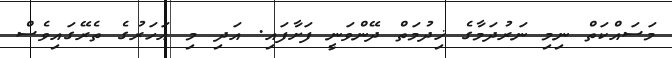
މަސައްކަތް ނިމި ނަރުދަމާގެ ޚިދުމަތް ދޭންވަނީ ފަށާފައި. އަދި މި އަހަރުގެ ތެރޭގައިވެސް